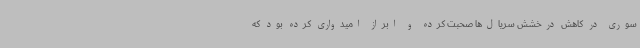
سوری در کاهش درخشش سریال‌ها صحبت کرده و ابراز امیدواری کرده بود که